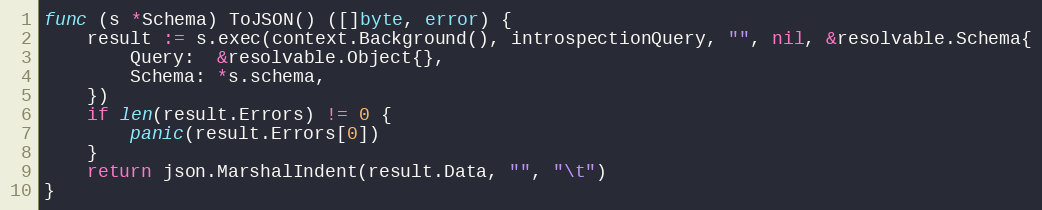
Language: Go
func (s *Schema) ToJSON() ([]byte, error) {
	result := s.exec(context.Background(), introspectionQuery, "", nil, &resolvable.Schema{
		Query:  &resolvable.Object{},
		Schema: *s.schema,
	})
	if len(result.Errors) != 0 {
		panic(result.Errors[0])
	}
	return json.MarshalIndent(result.Data, "", "\t")
}